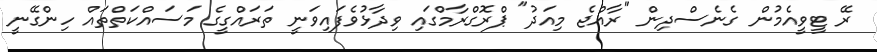
ރޭ ޓީވީއެމުން ގެނެސްދިން "ރާއްޖެ މިއަދު" ޕްރޮގްރާމްގައި ވިދާޅުވެފައިވަނީ ތަރައްގީގެ މަސައްކަތްތައް ހިންގޭނީ